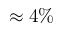
\approx 4 \%